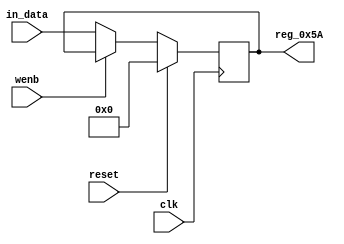
module r_TX_BUF_OBJ2_BYTE_2(output reg [7:0] reg_0x5A, input wire reset, input wire wenb, input wire [7:0] in_data, input wire clk);
	always@(posedge clk)
	begin
		if(reset==0) begin
			if(wenb==0)
				reg_0x5A<=in_data;
			else
				reg_0x5A<=reg_0x5A;
		end
		else
			reg_0x5A<=8'h00;
	end
endmodule